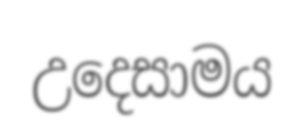
උදෙසාමය